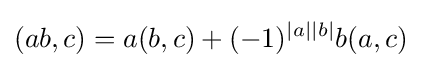
(ab,c)=a(b,c)+(-1)^{|a||b|}b(a,c)